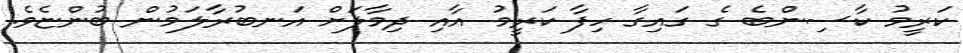
ކަރީމު ކާސިންބެ ގެ ގައިގާ ހިފާ ކަރީމު އާއި ދިމާލަށް އަނބުރާލަމުން ބުންޏެވެ.